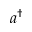
a ^ { \dagger }